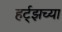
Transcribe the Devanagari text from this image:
हर्ट्‌झच्या